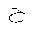
Letter: _ha